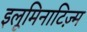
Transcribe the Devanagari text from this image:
इलूमिनाटिज़्म